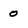
Character: 0